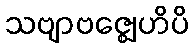
သဗျာဗဇ္ဈေဟိပိ